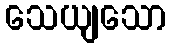
သေယျသော